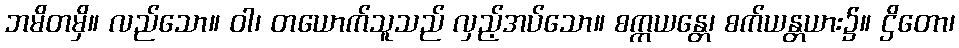
ဘမိတမှိ။ လည်သော။ ဝါ၊ တယောက်သူသည် လှည့်အပ်သော။ စက္ကယန္တေ၊ စက်ယန္တယား၌။ ဌိတော၊